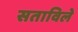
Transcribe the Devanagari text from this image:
सताविले